DOW-UAP-D48, Department of the Air Force Report, 1996
Agency: Department of War
Incident date: 9/10/96
Page 32
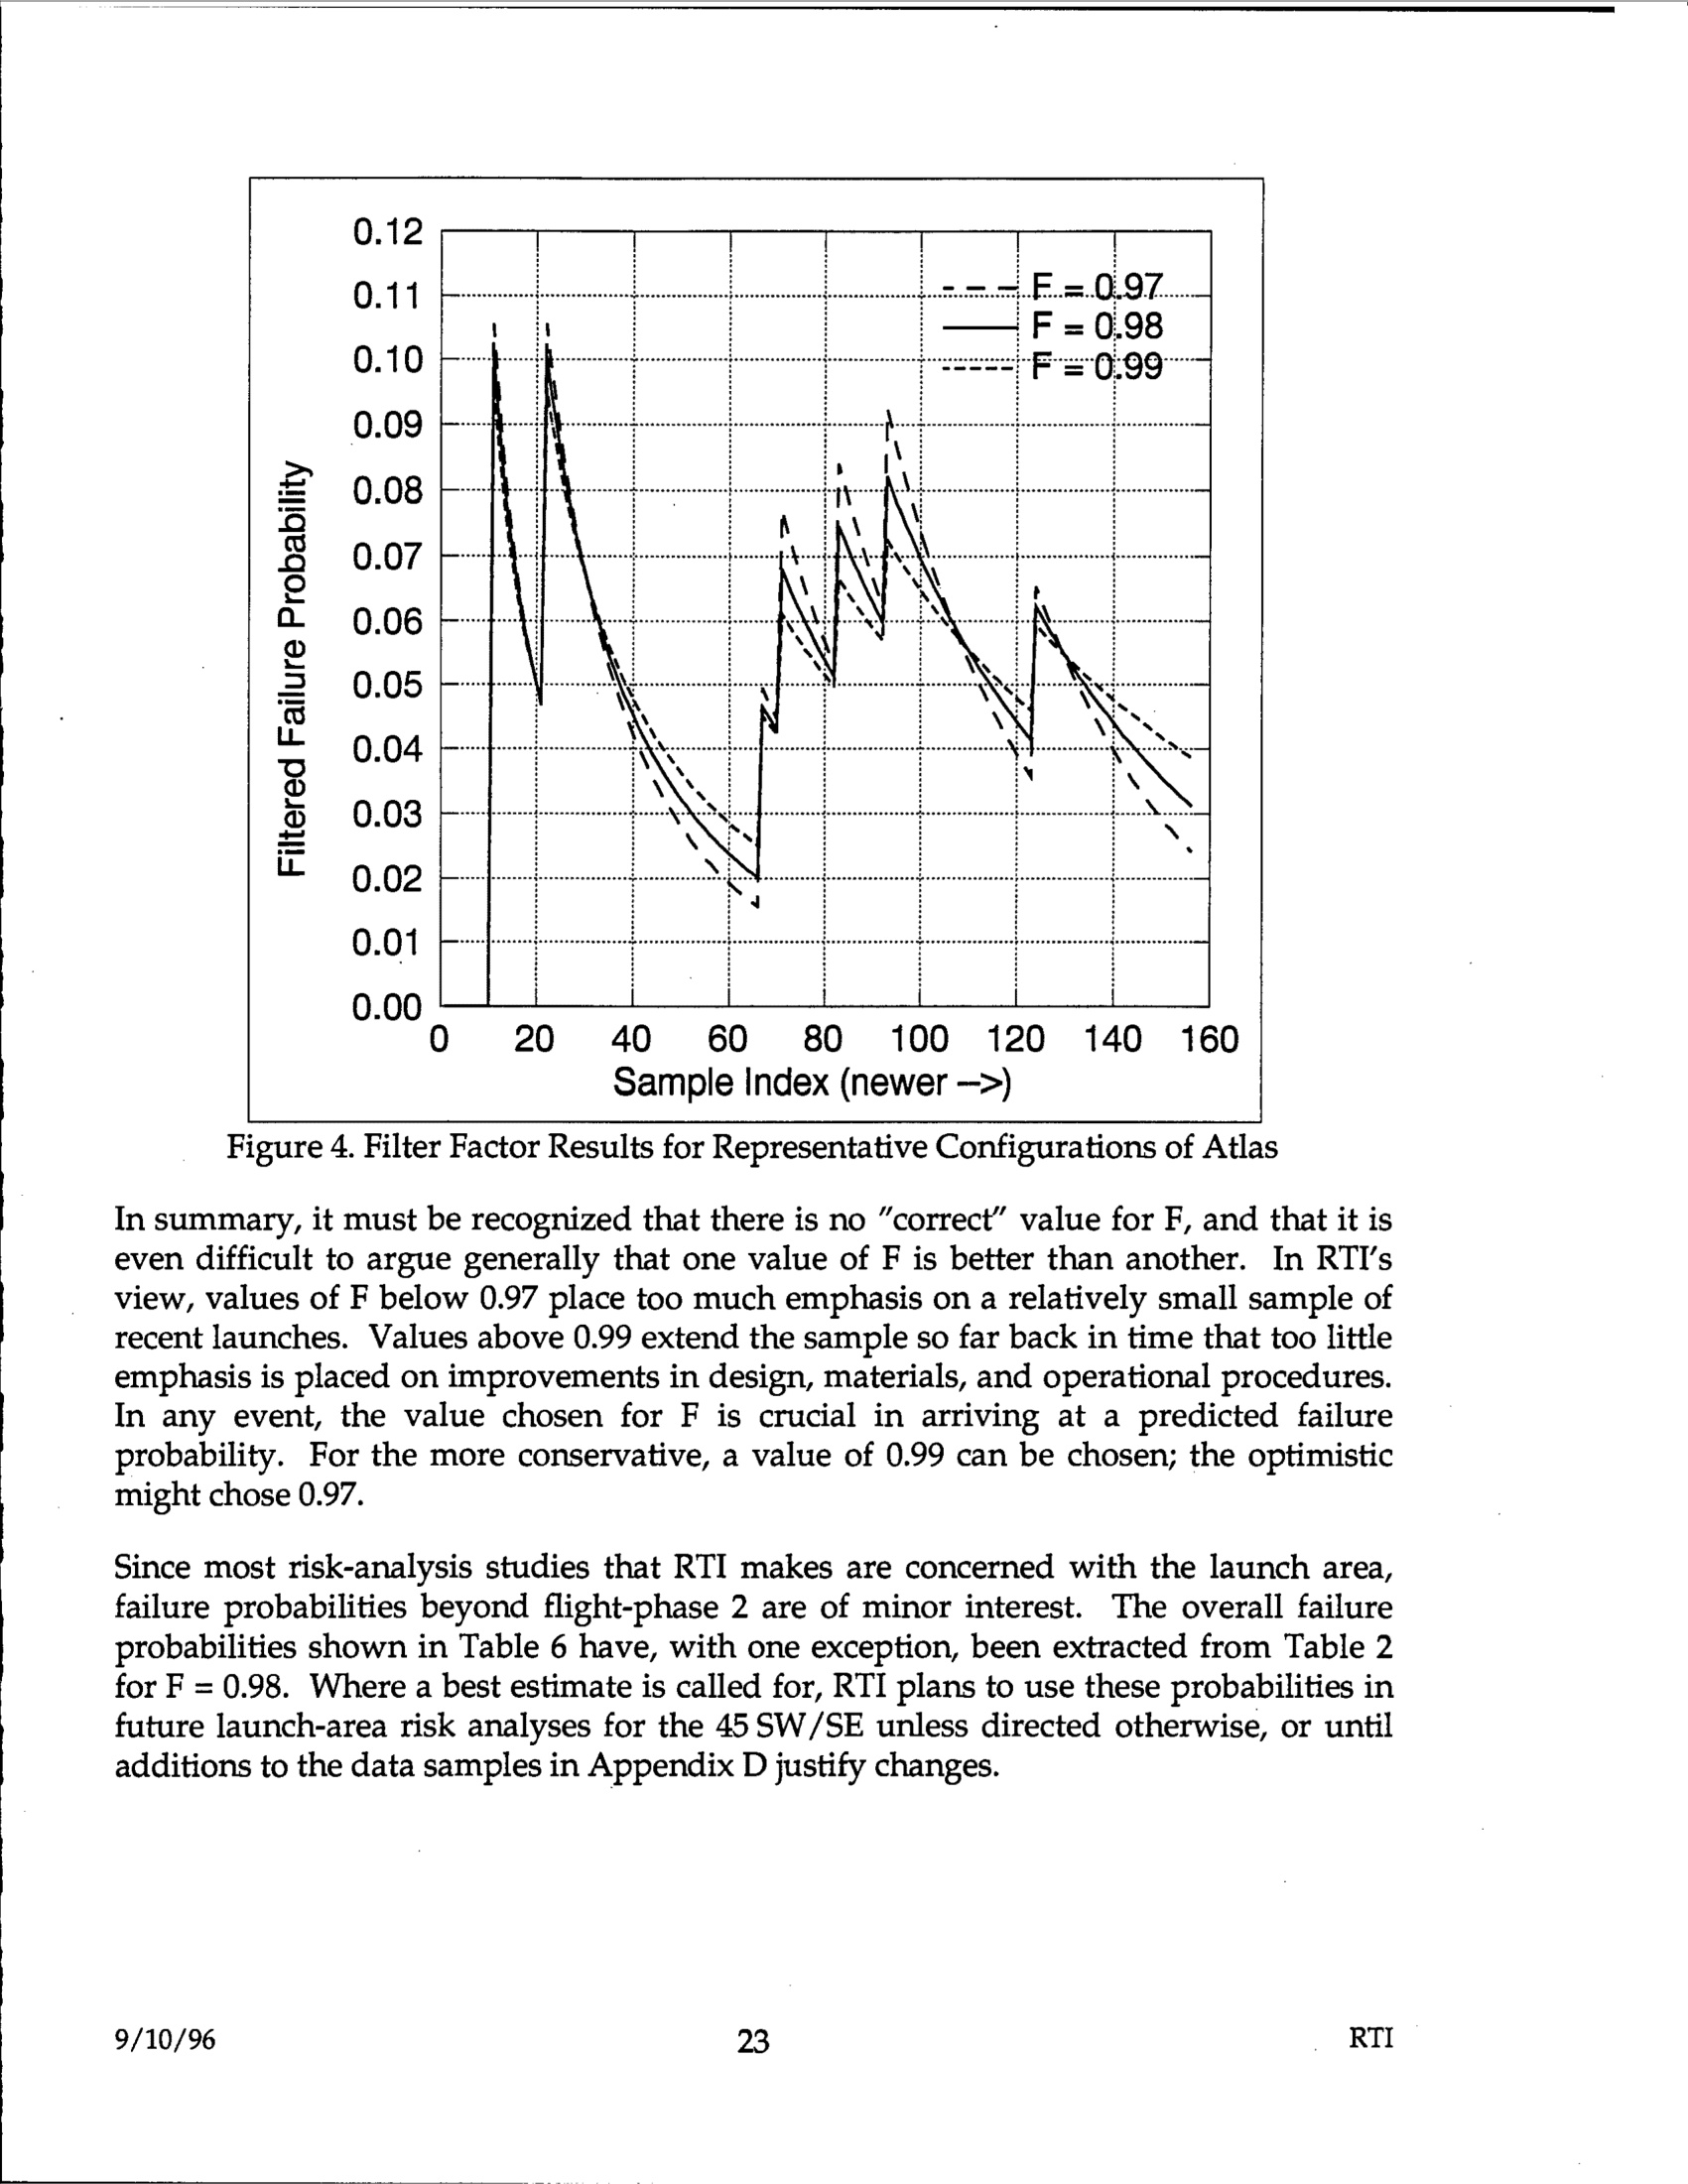